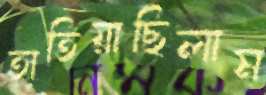
তাতিয়াছিলাম